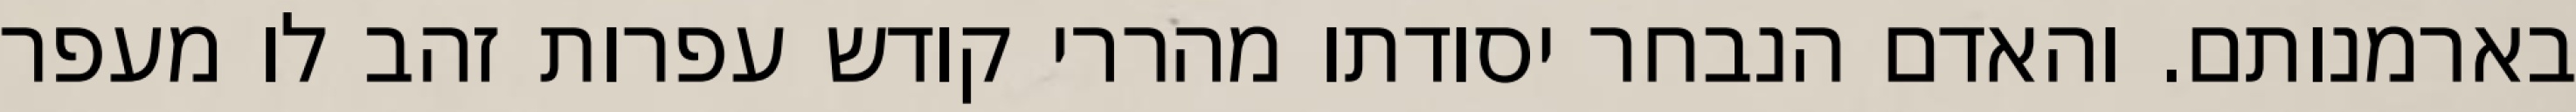
בארמנותם. והאדם הנבחר יסודתו מהררי קודש עפרות זהב לו מעפר